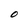
Character: O